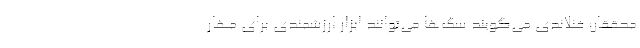
محققان فنلاندی می‌گویند سگ‌ها می‌توانند ابزار ارزشمندی برای مهار